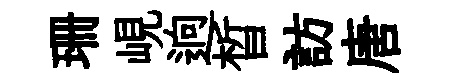
珊峴逈晳訪唐